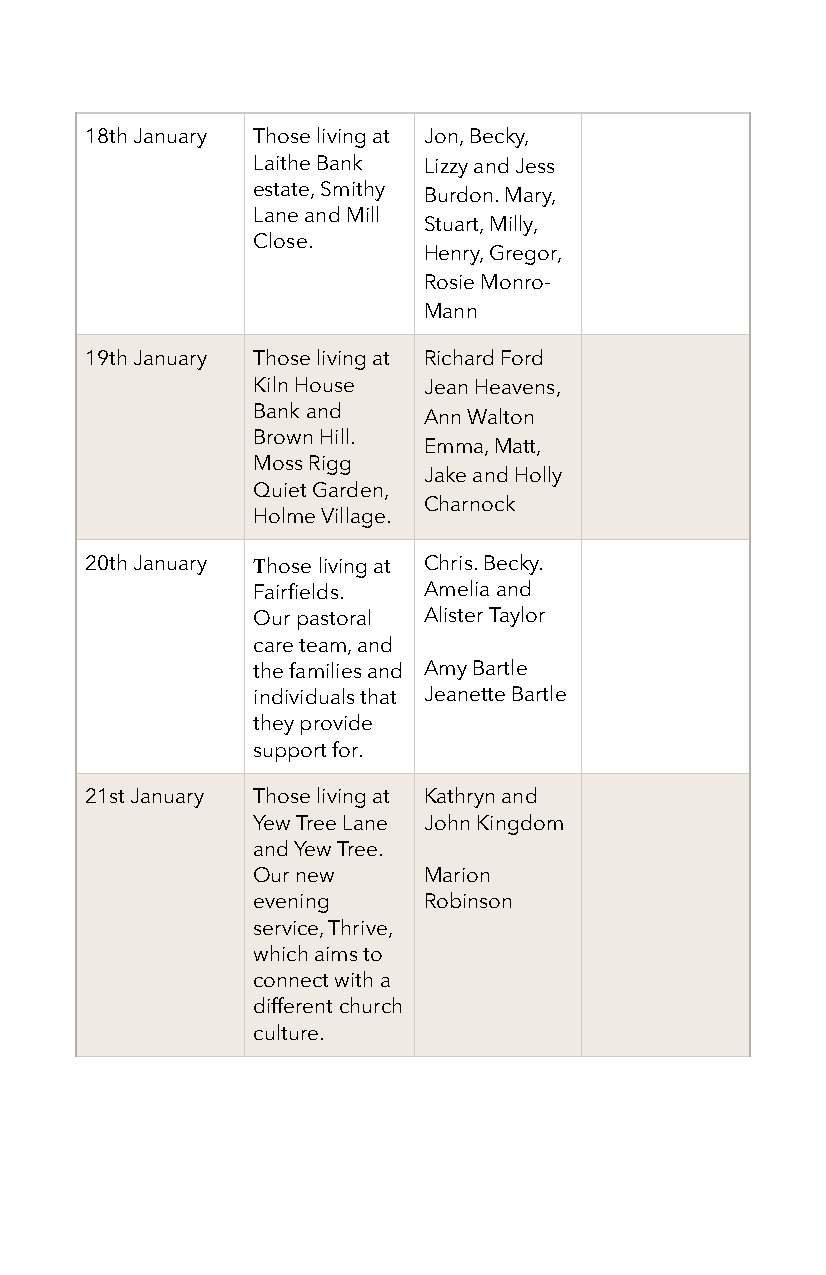
18th January Those living at Jon, Becky,
 Laithe Bank Lizzy and Jess
 estate, Smithy Burdon. Mary,
 Lane and Mill
 Stuart, Milly,
 Close.
 Henry, Gregor,
 Rosie Monro-
 Mann
 19th January Those living at Richard Ford
 Kiln House Jean Heavens,
 Bank and   Ann Walton
 Brown Hill.
 Emma, Matt,
 Moss Rigg
 Jake and Holly
 Quiet Garden,
 Charnock
 Holme Village.
 20th January Those living at Chris. Becky.
 Fairfields. Amelia and
 Our pastoral Alister Taylor
 care team, and
 the families and Amy Bartle
 individuals that Jeanette Bartle
 they provide
 support for.
 21st January Those living at Kathryn and
 Yew Tree Lane John Kingdom
 and Yew Tree.
 Our new    Marion
 evening    Robinson
 service, Thrive,
 which aims to
 connect with a
 different church
 culture.